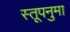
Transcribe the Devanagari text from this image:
स्तूपनुमा